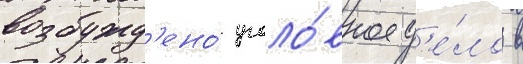
возбужд'ено́ уголо́вное д'е́ло в